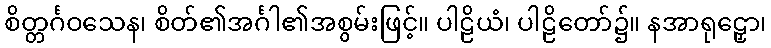
စိတ္တင်္ဂဝသေန၊ စိတ်၏အင်္ဂါ၏အစွမ်းဖြင့်။ ပါဠိယံ၊ ပါဠိတော်၌။ နအာရုဠှော၊